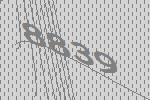
8839